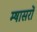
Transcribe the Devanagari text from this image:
म्षासरों